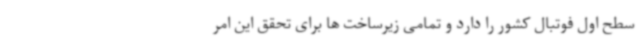
سطح اول فوتبال کشور را دارد و تمامی زیرساخت ها برای تحقق این امر